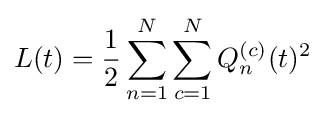
L(t)={\frac {1}{2}}\sum _{n=1}^{N}\sum _{c=1}^{N}Q_{n}^{(c)}(t)^{2}